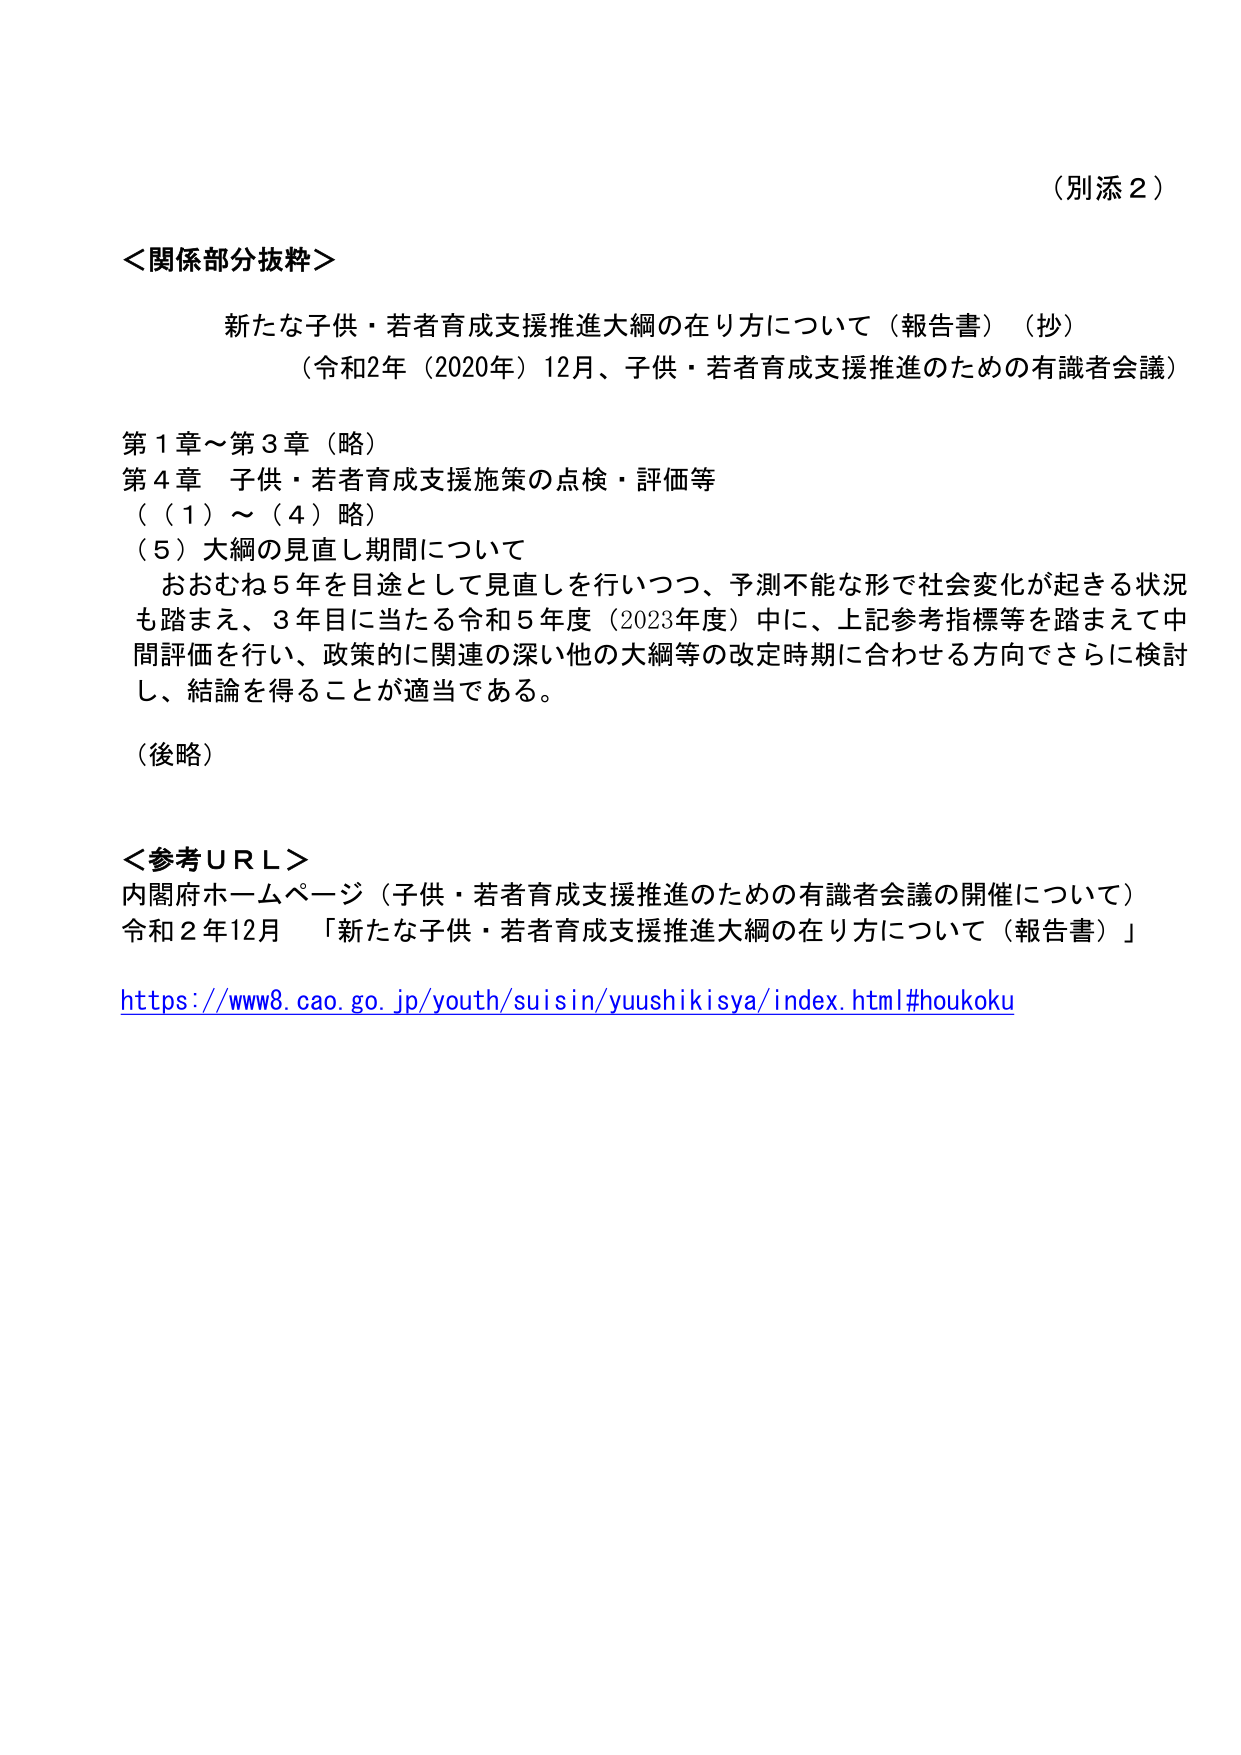
（別添２）

＜関係部分抜粋＞

新たな子供・若者育成支援推進大綱の在り方について（報告書）（抄）
（令和2年（2020年）12月、子供・若者育成支援推進のための有識者会議）

第１章～第３章（略）
第４章　子供・若者育成支援施策の点検・評価等
（（１）～（４）略）
（５）大綱の見直し期間について
　おおむね５年を目途として見直しを行いつつ、予測不能な形で社会変化が起きる状況も踏まえ、３年目に当たる令和５年度（2023年度）中に、上記参考指標等を踏まえて中間評価を行い、政策的に関連の深い他の大綱等の改定時期に合わせる方向でさらに検討し、結論を得ることが適当である。

（後略）

＜参考ＵＲＬ＞
内閣府ホームページ（子供・若者育成支援推進のための有識者会議の開催について）
令和２年12月　「新たな子供・若者育成支援推進大綱の在り方について（報告書）」

https://www8.cao.go.jp/youth/suisin/yuushikisya/index.html#houkoku